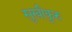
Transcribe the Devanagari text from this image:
सुखीकुरु